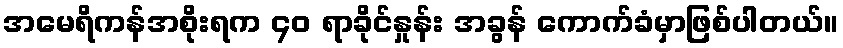
အမေရိကန်အစိုးရက ၄၀ ရာခိုင်နှုန်း အခွန် ကောက်ခံမှာဖြစ်ပါတယ်။